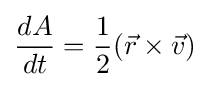
{\frac {dA}{dt}}={\frac {1}{2}}({\vec {r}}\times {\vec {v}})